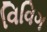
વિવિગ